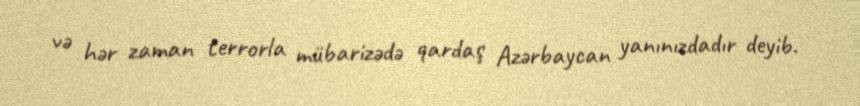
və hər zaman terrorla mübarizədə qardaş Azərbaycan yanınızdadır deyib.